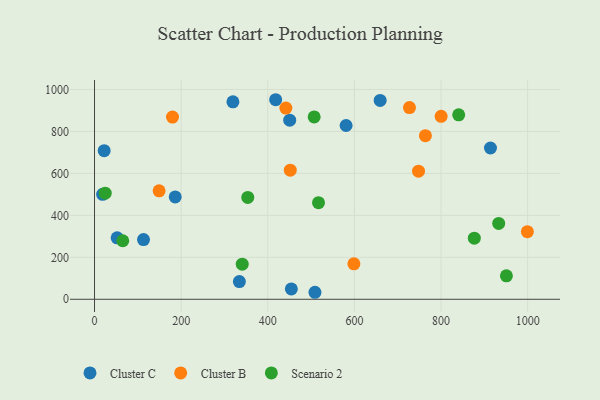
{"axis": {"x": "Investment", "y": "Rating"}, "legend": ["Cluster B", "Cluster C", "Scenario 2"], "data": [{"x": "914.1", "y": 721.0, "type": "Cluster C"}, {"x": "659.4", "y": 947.8, "type": "Cluster C"}, {"x": "52.2", "y": 292.9, "type": "Cluster C"}, {"x": "113.1", "y": 284.8, "type": "Cluster C"}, {"x": "508.9", "y": 33.4, "type": "Cluster C"}, {"x": "18.7", "y": 500.0, "type": "Cluster C"}, {"x": "418.2", "y": 951.1, "type": "Cluster C"}, {"x": "334.4", "y": 84.4, "type": "Cluster C"}, {"x": "319.5", "y": 941.1, "type": "Cluster C"}, {"x": "454.4", "y": 49.5, "type": "Cluster C"}, {"x": "450.6", "y": 853.6, "type": "Cluster C"}, {"x": "580.8", "y": 828.2, "type": "Cluster C"}, {"x": "22.3", "y": 708.4, "type": "Cluster C"}, {"x": "186.3", "y": 487.9, "type": "Cluster C"}, {"x": "451.9", "y": 615.1, "type": "Cluster B"}, {"x": "441.7", "y": 911.2, "type": "Cluster B"}, {"x": "180.0", "y": 868.5, "type": "Cluster B"}, {"x": "598.8", "y": 168.9, "type": "Cluster B"}, {"x": "763.9", "y": 779.7, "type": "Cluster B"}, {"x": "800.2", "y": 871.9, "type": "Cluster B"}, {"x": "748.0", "y": 610.7, "type": "Cluster B"}, {"x": "999.3", "y": 322.4, "type": "Cluster B"}, {"x": "727.1", "y": 913.7, "type": "Cluster B"}, {"x": "149.1", "y": 516.8, "type": "Cluster B"}, {"x": "876.8", "y": 291.3, "type": "Scenario 2"}, {"x": "353.8", "y": 485.4, "type": "Scenario 2"}, {"x": "24.7", "y": 505.8, "type": "Scenario 2"}, {"x": "950.9", "y": 112.0, "type": "Scenario 2"}, {"x": "65.2", "y": 278.9, "type": "Scenario 2"}, {"x": "341.0", "y": 167.4, "type": "Scenario 2"}, {"x": "933.1", "y": 361.4, "type": "Scenario 2"}, {"x": "840.7", "y": 879.3, "type": "Scenario 2"}, {"x": "507.1", "y": 869.1, "type": "Scenario 2"}, {"x": "517.1", "y": 460.2, "type": "Scenario 2"}]}